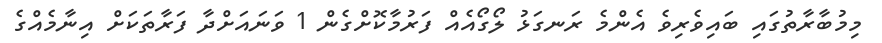
މިމުބާރާތުގައި ބައިވެރިވެ އެންމެ ރަނގަޅު ލޯގޯއެއް ފަރުމާކޮށްގެން 1 ވަނައަށްދާ ފަރާތަކަށް އިނާމެއްގެ